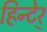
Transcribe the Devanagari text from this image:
हिन्टेर्